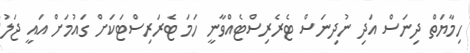
ހިމާޔަތް ދިނަސް އަދި ނުދިނަސް ޓެރެރިސްޓެއްވާނީ ހަމަ ޓެރަރިސްޓަކަށް ގައުމަށް އައީ ޖަލު